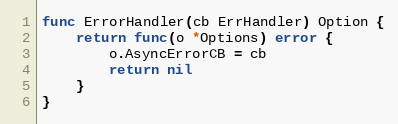
Language: Go
func ErrorHandler(cb ErrHandler) Option {
	return func(o *Options) error {
		o.AsyncErrorCB = cb
		return nil
	}
}